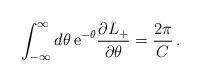
LaTeX: \begin{align*}\int ^{\infty }_{-\infty }d\theta \, \mathrm{e}^{-\theta }\frac{\partial L_{+}}{\partial \theta }=\frac{2\pi }{C}\,.\end{align*}